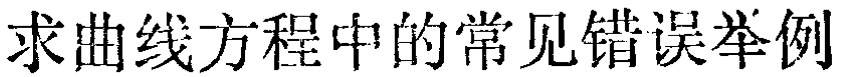
求曲线方程中的常见错误举例